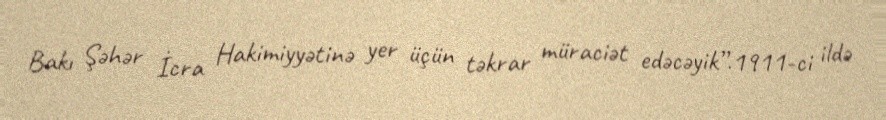
Bakı Şəhər İcra Hakimiyyətinə yer üçün təkrar müraciət edəcəyik”.1911-ci ildə